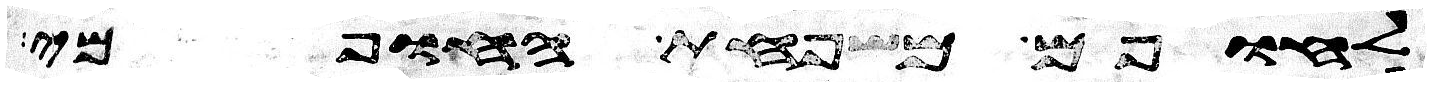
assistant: לחופם משפחת החופמי